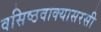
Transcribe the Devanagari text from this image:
वसिष्ठवाक्यासरसी